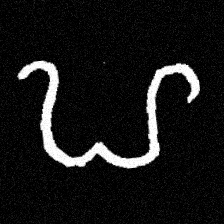
Pyu character \u2014 Myanmar letter: ဟ (romanized: ha)